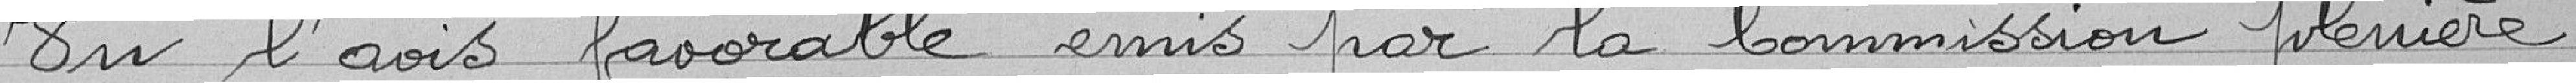
En l'avis favorable émis par la commission plénière